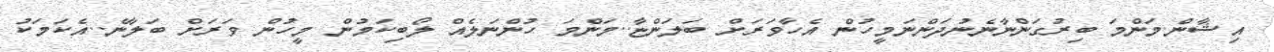
އިޝާން.މަންމަ ބިރުގަންނާނެނުދަންނަމީހުން އެހާވަރަށް ބަލަންޏާ..މަންމަ ހުންނަލެއް ލޯބިކަމުން މީހުން ވަރަށް ބަލާނެ..އެކަމަކު